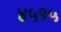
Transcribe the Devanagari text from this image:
४५१५